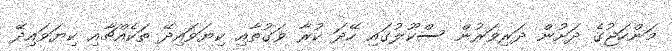
މަންހަޖުގެ ދަށުން ދަރިވަރުން ސްކޫލުގައި ހޭދަ ކުރާ ވަގުތާއި ކިޔަވައިދޭ ތަކެއްޗާއި ކިޔަވައިދޭ